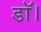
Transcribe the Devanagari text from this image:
डाॅ।